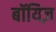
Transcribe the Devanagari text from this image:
बॉयिज़